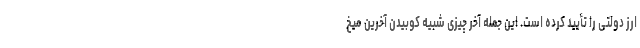
ارز دولتی را تأیید کرده است. این جمله آخر چیزی شبیه کوبیدن آخرین میخ